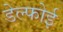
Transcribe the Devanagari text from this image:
डेल्फोई